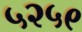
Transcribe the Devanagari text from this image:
५२५९